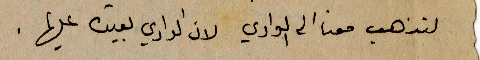
لتذهب معنا الى الوادي لان الوادي بعيده عليها.